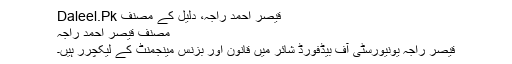
قیصر احمد راجہ، دلیل کے مصنف Daleel.Pk
مصنف قیصر احمد راجہ
قیصر راجہ یونیورسٹی آف بیڈفورڈ شائر میں قانون اور بزنس مینجمنٹ کے لیکچرر ہیں۔